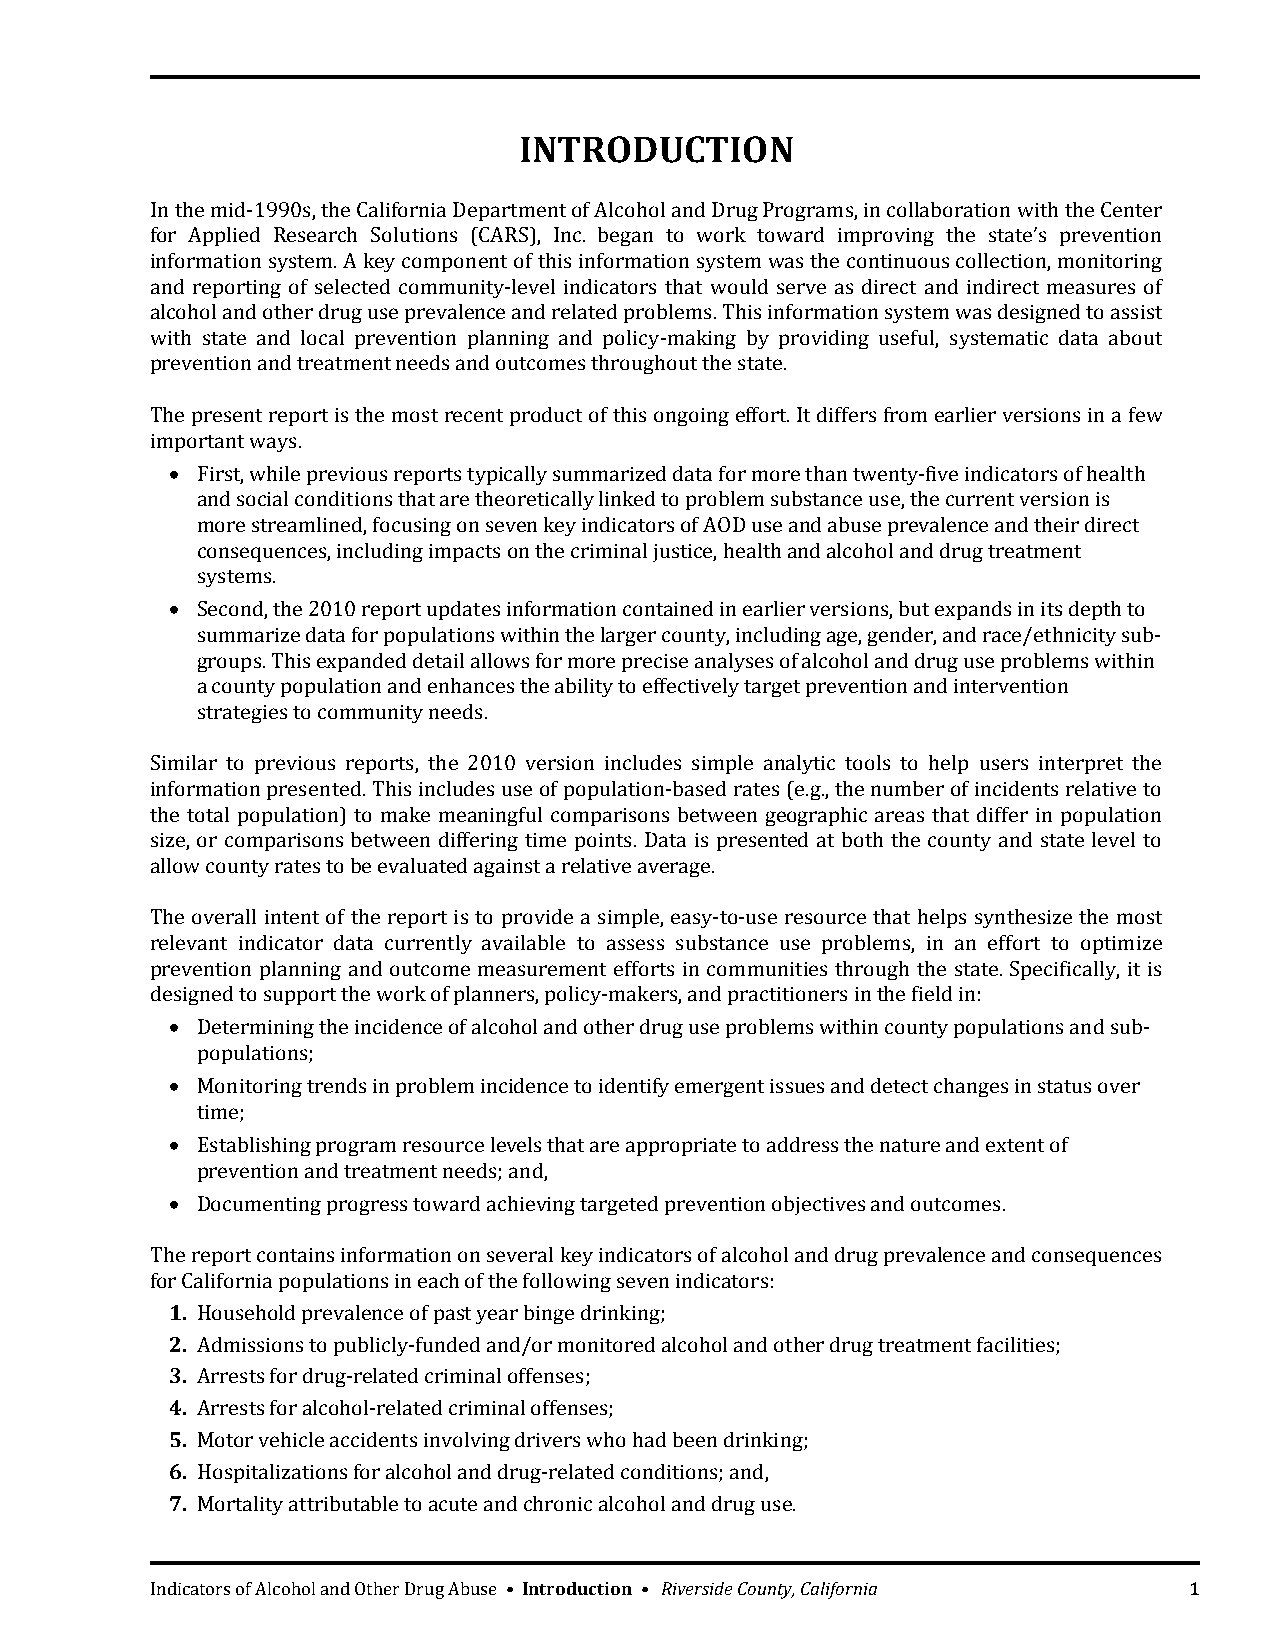
INTRODUCTION
 In the mid‐1990s, the California Department of Alcohol and Drug Programs, in collaboration with the Center
 for Applied Research Solutions (CARS), Inc. began to work toward improving the state’s prevention
 information system. A key component of this information system was the continuous collection, monitoring
 and reporting of selected community‐level indicators that would serve as direct and indirect measures of
 alcohol and other drug use prevalence and related problems. This information system was designed to assist
 with state and local prevention planning and policy‐making by providing useful, systematic data about
 prevention and treatment needs and outcomes throughout the state.
 The present report is the most recent product of this ongoing effort. It differs from earlier versions in a few
 important ways.
  First, while previous reports typically summarized data for more than twenty‐five indicators of health
 and social conditions that are theoretically linked to problem substance use, the current version is
 more streamlined, focusing on seven key indicators of AOD use and abuse prevalence and their direct
 consequences, including impacts on the criminal justice, health and alcohol and drug treatment
 systems.
  Second, the 2010 report updates information contained in earlier versions, but expands in its depth to
 summarize data for populations within the larger county, including age, gender, and race/ethnicity sub‐
 groups. This expanded detail allows for more precise analyses of alcohol and drug use problems within
 a county population and enhances the ability to effectively target prevention and intervention
 strategies to community needs.
 Similar to previous reports, the 2010 version includes simple analytic tools to help users interpret the
 information presented. This includes use of population‐based rates (e.g., the number of incidents relative to
 the total population) to make meaningful comparisons between geographic areas that differ in population
 size, or comparisons between differing time points. Data is presented at both the county and state level to
 allow county rates to be evaluated against a relative average.
 The overall intent of the report is to provide a simple, easy‐to‐use resource that helps synthesize the most
 relevant indicator data currently available to assess substance use problems, in an effort to optimize
 prevention planning and outcome measurement efforts in communities through the state. Specifically, it is
 designed to support the work of planners, policy‐makers, and practitioners in the field in:
  Determining the incidence of alcohol and other drug use problems within county populations and sub‐
 populations;
  Monitoring trends in problem incidence to identify emergent issues and detect changes in status over
 time;
  Establishing program resource levels that are appropriate to address the nature and extent of
 prevention and treatment needs; and,
  Documenting progress toward achieving targeted prevention objectives and outcomes.
 The report contains information on several key indicators of alcohol and drug prevalence and consequences
 for California populations in each of the following seven indicators:
 1. Household prevalence of past year binge drinking;
 2. Admissions to publicly‐funded and/or monitored alcohol and other drug treatment facilities;
 3. Arrests for drug‐related criminal offenses;
 4. Arrests for alcohol‐related criminal offenses;
 5. Motor vehicle accidents involving drivers who had been drinking;
 6. Hospitalizations for alcohol and drug‐related conditions; and,
 7. Mortality attributable to acute and chronic alcohol and drug use.
 Indicators of Alcohol and Other Drug Abuse • Introduction • Riverside County, California 1